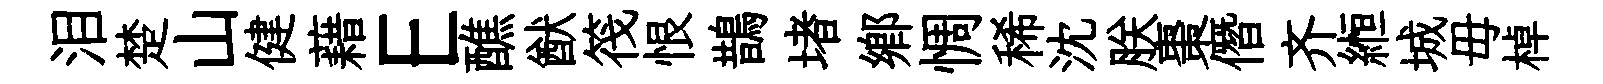
泪楚山健藉E醮猷筏恨鵲堵郷惆稀沈朕棗僭齐縆城毋棹